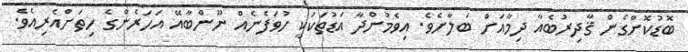
ބޮޑުކޮށްގެން ޤާދިރުބެއާ ދިމާއަށް ބަލާށެވެ. އިވެމުންދާ އަޑުތަކަކީ ހުވަފެނެއް ނޫންބާއޭ އަހަރެންގެ ހިތަށްއެރިއެވެ.